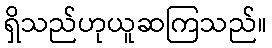
ရှိသည်ဟုယူဆကြသည်။